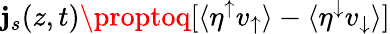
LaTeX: \mathbf{j}_{s}(z,t)\proptoq[\langle\eta^{\uparrow}v_{\uparrow}\rangle-\langle\eta^{\downarrow}v_{\downarrow}\rangle]